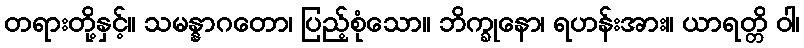
တရားတို့နှင့်။ သမန္နာဂတော၊ ပြည့်စုံသော။ ဘိက္ခုနော၊ ရဟန်းအား။ ယာရတ္တိ ဝါ၊